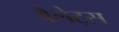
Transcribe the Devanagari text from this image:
वैलेट्स